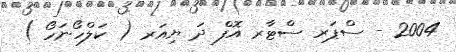
2004 - ސްޕަރ ސްޓާރ އޮފް ދަ ޔިއަރ ( ކަލްހޯނަހޯ )